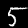
Label: 5